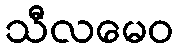
သီလမေဝ